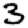
Digit: 3